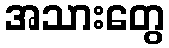
အသားတွေ